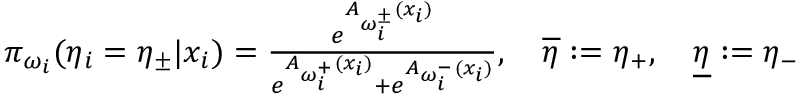
\begin{array} { r } { \pi _ { \omega _ { i } } ( \eta _ { i } = { \eta } _ { \pm } | x _ { i } ) = { \frac { e ^ { A _ { \omega _ { i } ^ { \pm } } ( x _ { i } ) } } { e ^ { A _ { \omega _ { i } ^ { + } } ( x _ { i } ) } + e ^ { A _ { \omega _ { i } ^ { - } } ( x _ { i } ) } } } , \quad \overline { { \eta } } : = \eta _ { + } , \quad \underline { { \eta } } : = \eta _ { - } } \end{array}